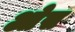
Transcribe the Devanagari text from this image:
आेस